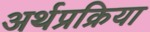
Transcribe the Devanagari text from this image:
अर्थप्रक्रिया